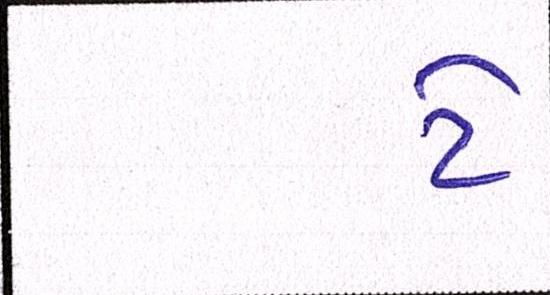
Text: ટે